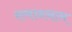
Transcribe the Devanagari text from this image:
समाननाम